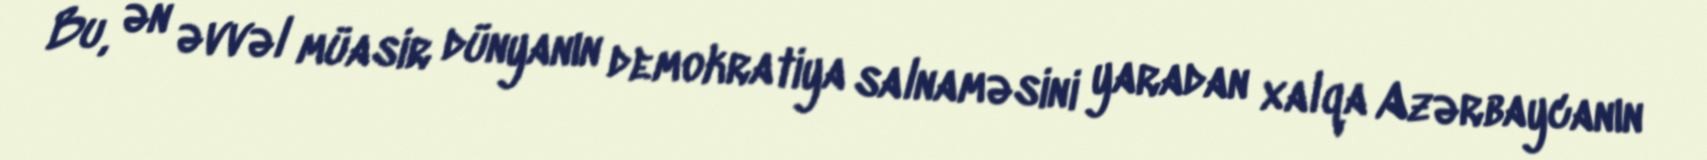
Bu, ən əvvəl müasir dünyanın demokratiya salnaməsini yaradan xalqa Azərbaycanın